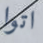
اتوا